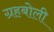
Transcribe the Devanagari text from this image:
ग्रहबोली